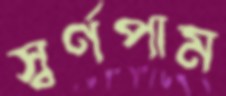
স্বর্ণপাম